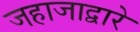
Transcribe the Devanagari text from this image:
जहाजाद्वारे